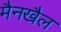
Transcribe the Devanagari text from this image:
मैनखैल